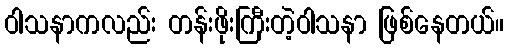
ဝါသနာကလည်း တန်းဖိုးကြီးတဲ့ဝါသနာ ဖြစ်နေတယ်။